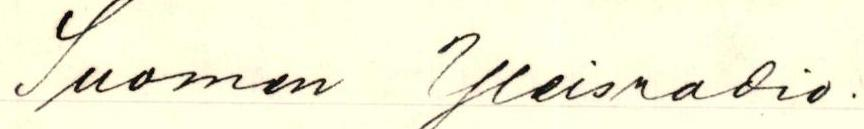
Suomen Yleisradio.